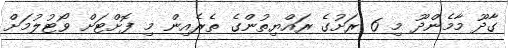
ގާދޫ މާމެންދޫ މި 6 ރަށުގެ ރައްޔިތުންގެ ތެރެއިން މި ފޮށްޓަށް ވޯޓުލުމަށް